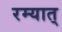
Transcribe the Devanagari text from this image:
रम्यात्